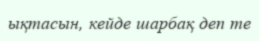
ықтасын, кейде шарбақ деп те